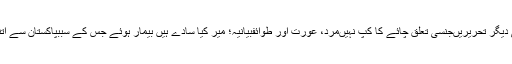
ظفر عمران کی دیگر تحریریںجنسی تعلق چائے کا کپ نہیںمرد، عورت اور طوائفبیانیہ؛ میر کیا سادے ہیں بیمار ہوئے جس کے سببپاکستان سے اتنی نفرت کیوں؟